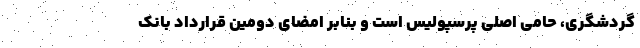
گردشگری، حامی اصلی پرسپولیس است و بنابر امضای دومین قرارداد بانک